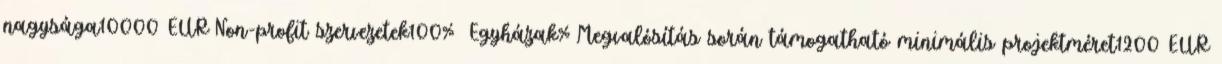
nagysága10000 EUR▪Non-profit szervezetek100% ▪Egyházak%▪Megvalósítás során támogatható minimális projektméret1200 EUR